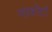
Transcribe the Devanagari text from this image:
माकोटो